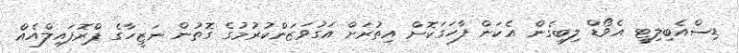
ޑިސްއެބިލިޓީ އެވޯޑް ލިބިގެން އެކަން ފާހަގަކޮށް އިތުރަށް އަގުވަޒަންކުރުމުގެ ގޮތުން ނަޒީހާގެ ޕްރޮފައިލްއެއް